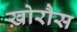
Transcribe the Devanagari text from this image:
ख़ोरौस